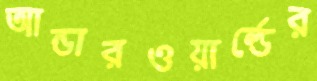
আন্ডারওয়ার্ল্ডের